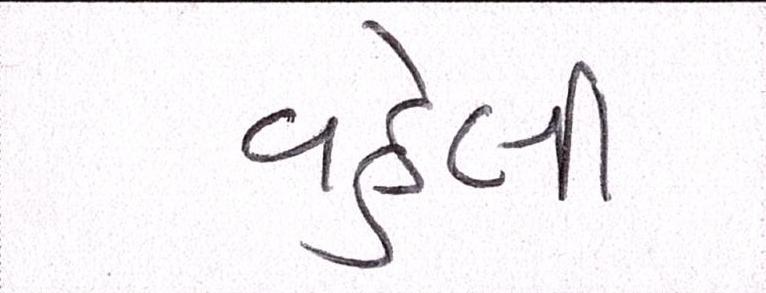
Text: વહેલી